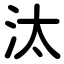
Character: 汰